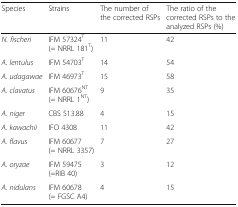
<table><thead><tr><td><b>Species</b></td><td><b>Strains</b></td><td><b>The number of the corrected RSPs</b></td><td><b>The ratio of the corrected RSPs to the analyzed RSPs (%)</b></td></tr></thead><tbody><tr><td><i>N. fischeri</i></td><td>IFM 57324<sup>T</sup> (= NRRL 181<sup>T</sup>)</td><td>11</td><td>42</td></tr><tr><td><i>A. lentulus</i></td><td>IFM 54703<sup>T</sup></td><td>14</td><td>54</td></tr><tr><td><i>A. udagawae</i></td><td>IFM 46973<sup>T</sup></td><td>15</td><td>58</td></tr><tr><td><i>A. clavatus</i></td><td>IFM 60676<sup>NT</sup> (= NRRL 1<sup>NT</sup>)</td><td>9</td><td>35</td></tr><tr><td><i>A. niger</i></td><td>CBS 513.88</td><td>4</td><td>15</td></tr><tr><td><i>A. kawachii</i></td><td>IFO 4308</td><td>11</td><td>42</td></tr><tr><td><i>A. flavus</i></td><td>IFM 60677 (= NRRL 3357)</td><td>7</td><td>27</td></tr><tr><td><i>A. oryzae</i></td><td>IFM 59475 (=RIB 40)</td><td>3</td><td>12</td></tr><tr><td><i>A. nidulans</i></td><td>IFM 60678 (= FGSC A4)</td><td>4</td><td>15</td></tr></tbody></table>